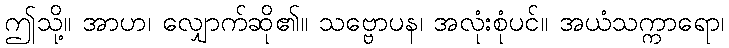
ဤသို့။ အာဟ၊ လျှောက်ဆို၏။ သဗ္ဗောပန၊ အလုံးစုံပင်။ အယံသက္ကာရော၊